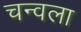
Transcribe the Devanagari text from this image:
चन्वला